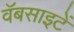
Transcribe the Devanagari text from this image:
वॅबसाइटें